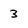
Character: 3